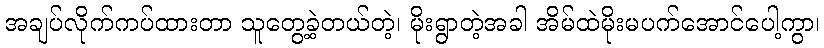
အချပ်လိုက်ကပ်ထားတာ သူတွေ့ခဲ့တယ်တဲ့၊ မိုးရွာတဲ့အခါ အိမ်ထဲမိုးမပက်အောင်ပေါ့ကွာ၊